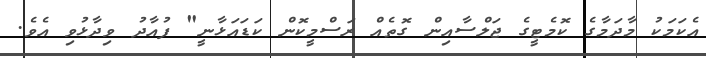
އެކަމަކު މާދަމާގެ ކޮމެޓީގެ ޖަލްސާއިން ގޮތެއް ރަސްމީކޮން ކަޑައަޅާނީ" ފުއާދު ވިދާޅުވި އެވެ.